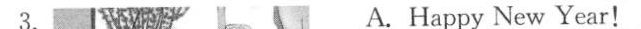
3. A.Happy New Year!